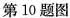
第10题图